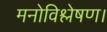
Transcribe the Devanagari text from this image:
मनोविश्लेषण।